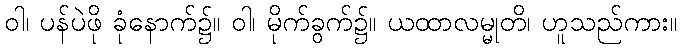
ဝါ၊ ပန်ပဲဖို ခုံနောက်၌။ ဝါ၊ မိုက်ခွက်၌။ ယထာလမ္မုတိ၊ ဟူသည်ကား။